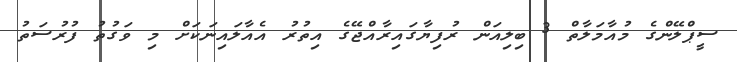
ސީޕްލޭންގެ މުއާމަލާތް 3 ބިލިއަން ރުފިޔާގައިރާއްޖޭގެ އިތުރު އެއާލައިނަކަށް މި ވަގުތު ފުރުސަތު